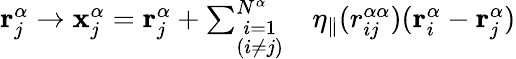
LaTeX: \begin{array}{rl}{\mathbf{r}_{j}^{\alpha}\rightarrow\mathbf{x}_{j}^{\alpha}=\mathbf{r}_{j}^{\alpha}+\sum_{\stackrel{\scriptstyle i=1}{\scriptstyle(i\ne j)}}^{N^{\alpha}}}&{{}\eta_{\parallel}(r_{ij}^{\alpha\alpha})(\mathbf{r}_{i}^{\alpha}-\mathbf{r}_{j}^{\alpha})}\end{array}